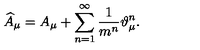
\widehat { A } _ { \mu } = A _ { \mu } + \sum _ { n = 1 } ^ { \infty } \frac 1 { m ^ { n } } \vartheta _ { \mu } ^ { n } .